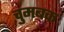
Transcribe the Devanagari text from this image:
चुमबक